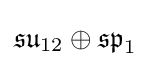
{\mathfrak {su}}_{12}\oplus {\mathfrak {sp}}_{1}